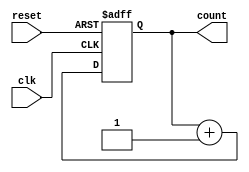
module ripple_counter (
    input wire clk,       // Clock signal
    input wire reset,     // Asynchronous reset signal
    output reg [2:0] count // 3-bit counter output
);

    // Always block triggered by the clock and reset signals
    always @(posedge clk or posedge reset) begin
        if (reset) begin
            count <= 3'b000; // Reset counter to 0
        end else begin
            count <= count + 1; // Increment counter
        end
    end

endmodule